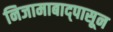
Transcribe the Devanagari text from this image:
निजामाबाद्पासून